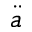
\ddot { a }